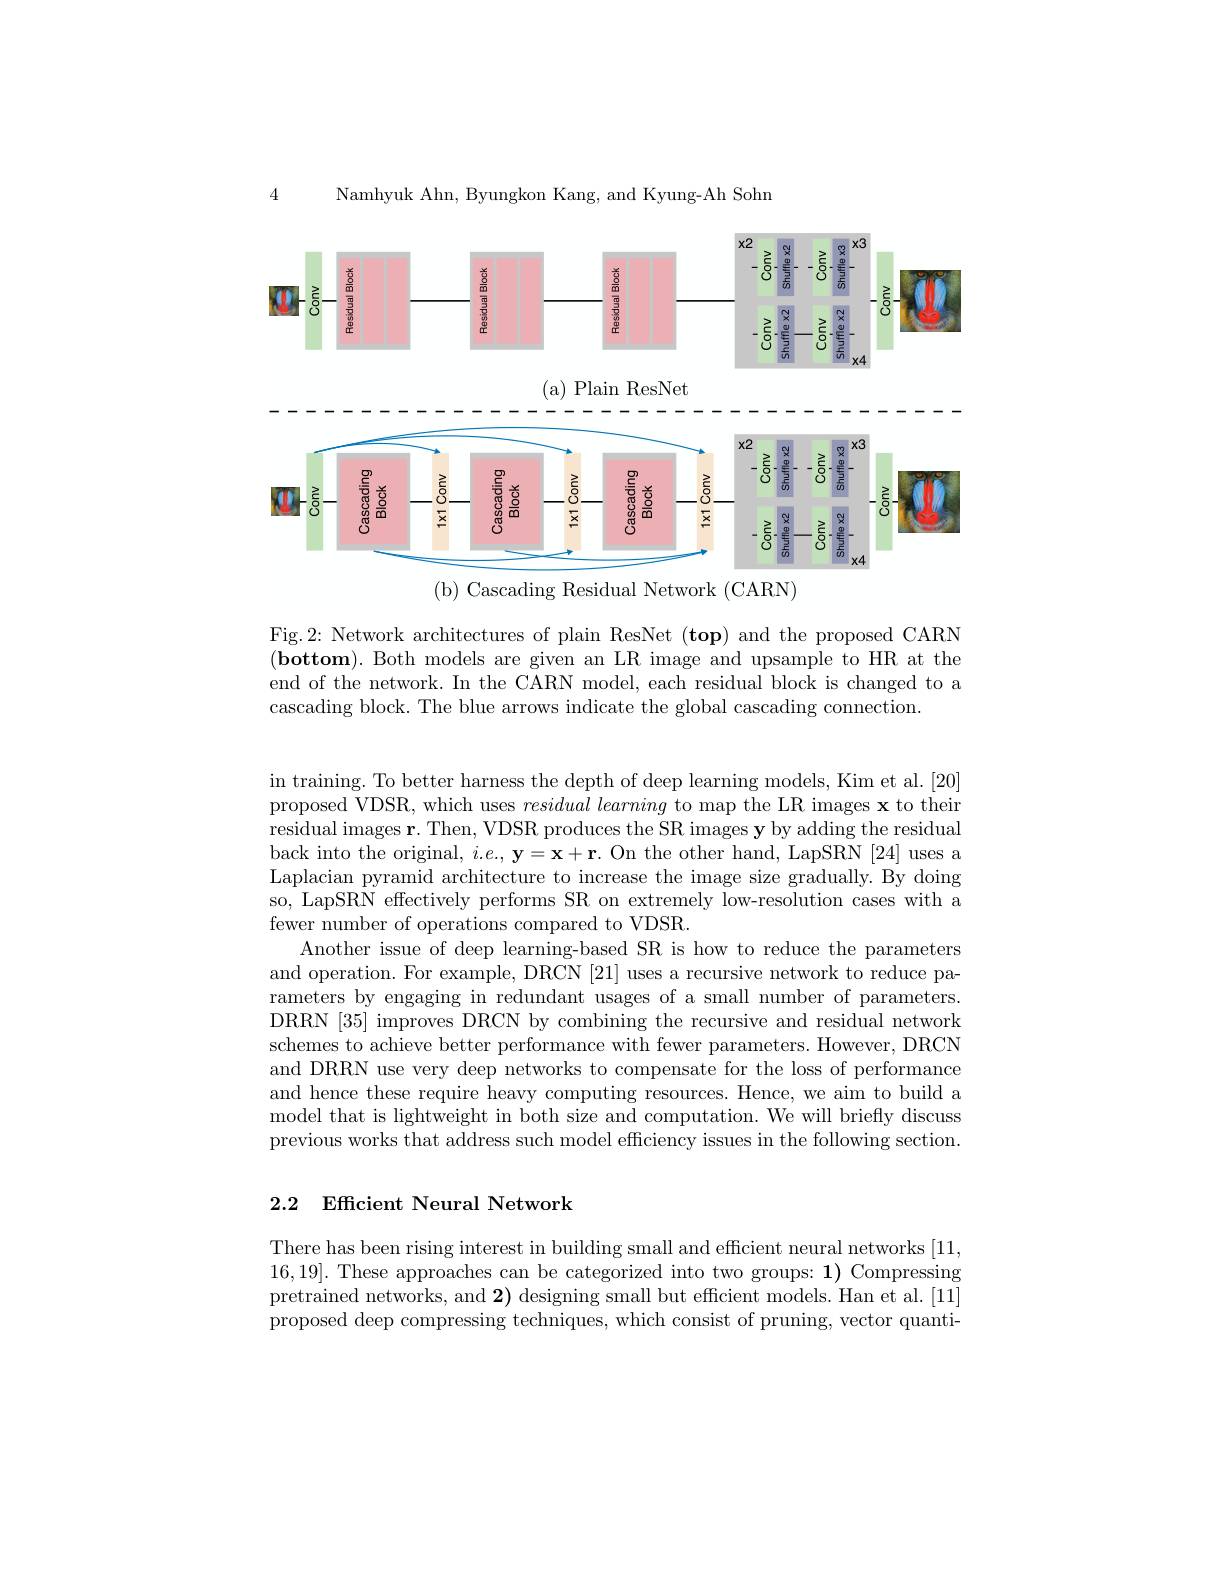
4 Namhvuk Ahn. Bvungkon Kang. and Kvung-Ah Sohr

<FigureHere>

( a) Plain ResNet

<FigureHere>

( b) Cascading Residual Network ( CARN)

Fig.2: Network architectures of plain ResNet (top) and the proposed CARN $( \textbf{bottom) . Both models are given an LR image and upsample to HR at the}$ end of the network. In the CARN model, each residual block is changed to a cascading block. The blue arrows indicate the global cascading connection.

in training. To better harness the depth of deep learning models, Kim et al. [20] proposed VDSR, which uses $residual\textit{learning to map the LR images x to their}$ residual images $\mathbf{r}.$ Then, VDSR produces the SR images y by adding the residual back into the original, $i.e.,\mathbf{y}=\mathbf{x}+\mathbf{r}.$ On the other hand, LapSRN [24] uses a Laplacian pyramid architecture to increase the image size gradually. By doing so, LapSRN effectively performs SR on extremely low-resolution cases with a fewer number of operations compared to VDSR.
Another issue of deep learning-based SR is how to reduce the parameters and operation. For example, DRCN [21] uses a recursive network to reduce parameters by engaging in redundant usages of a small number of parameters. DRRN [35] improves DRCN by combining the recursive and residual network schemes to achieve better performance with fewer parameters. However, DRCN and DRRN use very deep networks to compensate for the loss of performance and hence these require heavy computing resources. Hence, we aim to build a model that is lightweight in both size and computation. We will briefly discuss previous works that address such model efficiency issues in the following section.

### 2.2 Efficient Neural Network

There has been rising interest in building small and efficient neural networks [11, 16,19]. These approaches can be categorized into two groups: 1) Compressing pretrained networks, and 2) designing small but efficient models. Han et al. [11] proposed deep compressing techniques, which consist of pruning, vector quanti-